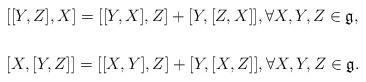
LaTeX: \begin{align*}&[[Y,Z],X]=[[Y,X],Z]+[Y,[Z,X]],\forall X,Y,Z\in \mathfrak{g},\\\cr&[X,[Y,Z]]=[[X,Y],Z]+[Y,[X,Z]],\forall X,Y,Z\in \mathfrak{g}.\end{align*}